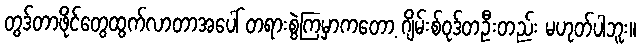
တွဒ်တာဖိုင်တွေထွက်လာတာအပေါ် တရားစွဲကြမှာကတော့ ဂျိမ်းစ်ဝုဒ်တဦးတည်း မဟုတ်ပါဘူး။